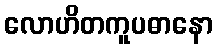
လောဟိတကူပဓာနော